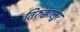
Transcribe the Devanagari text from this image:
तिरुक्कालूर